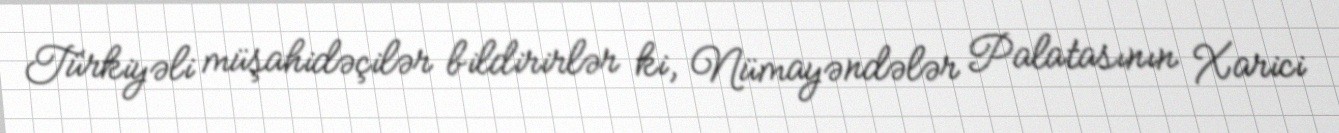
Türkiyəli müşahidəçilər bildirirlər ki, Nümayəndələr Palatasının Xarici